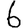
Digit: 6